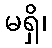
မရှိ၊